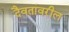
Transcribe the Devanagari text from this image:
दैवतांवरील